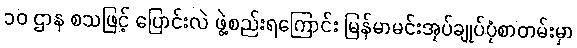
၁၀ ဌာန စသဖြင့် ပြောင်းလဲ ဖွဲ့စည်းရကြောင်း မြန်မာမင်းအုပ်ချုပ်ပုံစာတမ်းမှာ